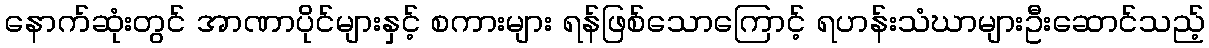
နောက်ဆုံးတွင် အာဏာပိုင်များနှင့် စကားများ ရန်ဖြစ်သောကြောင့် ရဟန်းသံဃာများဦးဆောင်သည့်